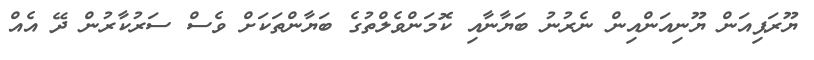
ޔޫރަޕިއަން ޔޫނިއަންއިން ނެރުނު ބަޔާނާއި ކޮމަންވެލްތުގެ ބަޔާންތަކަށް ވެސް ސަރުކާރުން ދޭ އެއް